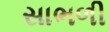
સાભળી